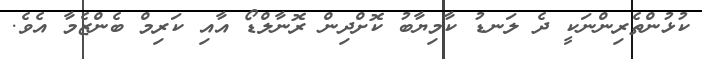
ކުޅުންތެރިންނަކީ ދެ ލަނޑު ކާމިޔާބު ކޮށްދިން ރޮނާލްޑޯ އާއި ކަރިމް ބެންޒެމާ އެވެ.